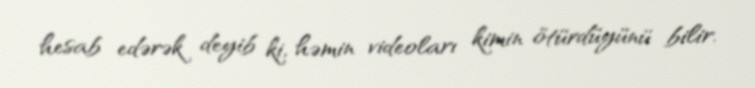
hesab edərək deyib ki, həmin videoları kimin ötürdüyünü bilir.